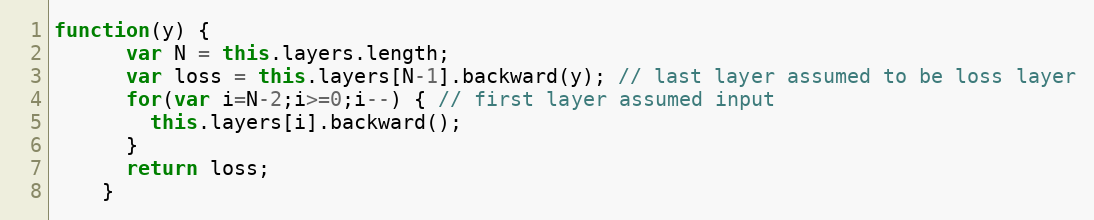
Language: JavaScript
function(y) {
      var N = this.layers.length;
      var loss = this.layers[N-1].backward(y); // last layer assumed to be loss layer
      for(var i=N-2;i>=0;i--) { // first layer assumed input
        this.layers[i].backward();
      }
      return loss;
    }